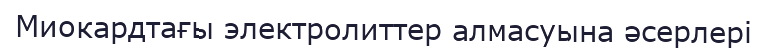
Миокардтағы электролиттер алмасуына əсерлері